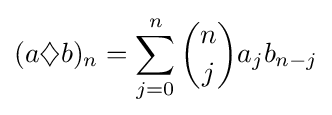
(a{\mathbin {\diamondsuit }}b)_{n}=\sum _{j=0}^{n}{n \choose j}a_{j}b_{n-j}